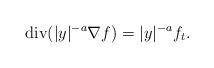
LaTeX: \begin{align*}\operatorname{div}(|y|^{-a} \nabla f) = |y|^{-a} f_t. \end{align*}